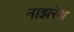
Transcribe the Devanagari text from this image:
नाझरेथ